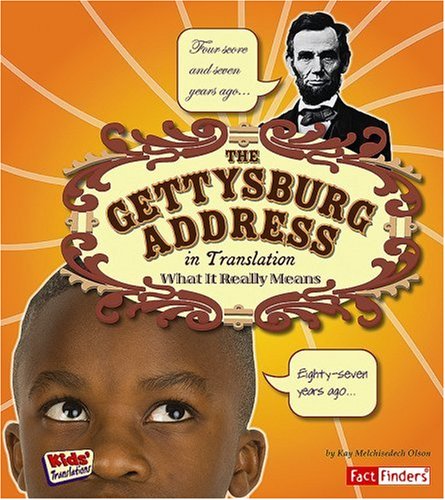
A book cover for The Gettysburg Address in Translation: What It Really Means (Kids' Translations); Kay Melchisedech Olson; Children's Books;